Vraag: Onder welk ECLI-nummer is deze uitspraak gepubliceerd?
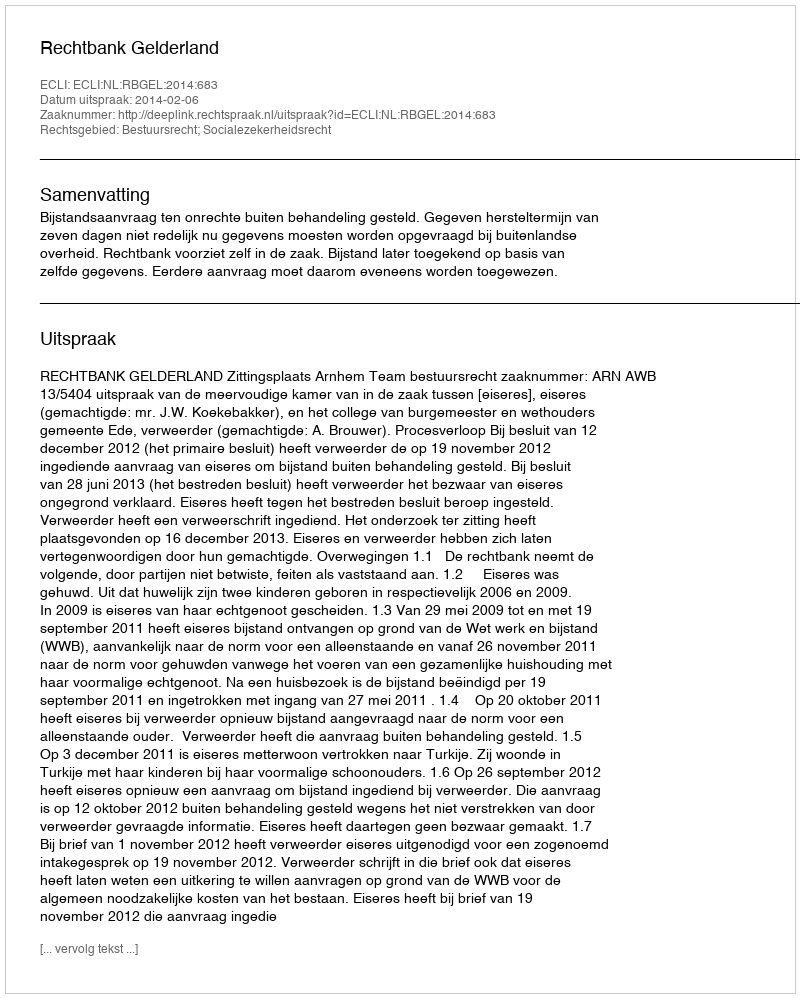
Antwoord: ECLI:NL:RBGEL:2014:683